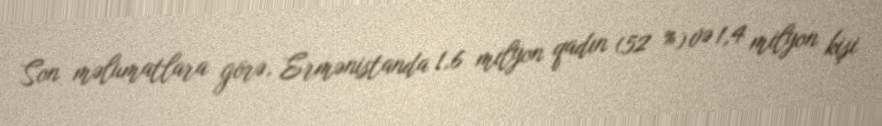
Son məlumatlara görə, Ermənistanda 1,6 milyon qadın (52 %) və 1,4 milyon kişi